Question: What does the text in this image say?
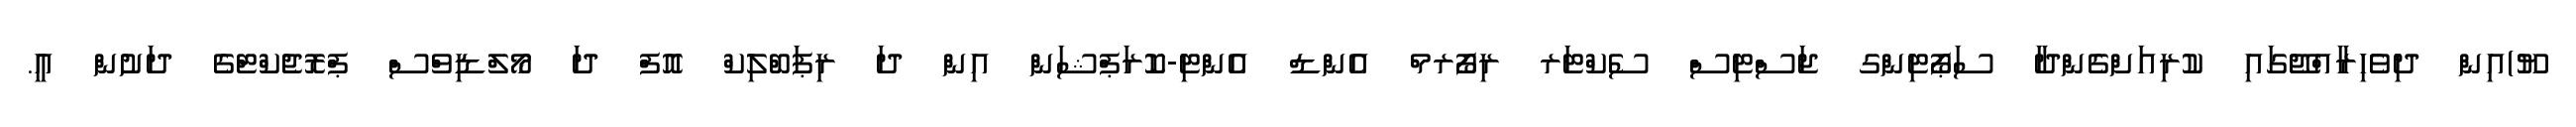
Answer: ޔޫ)އިން ދިވެހިރާއްޖޭގައި ކުރިއަށްގެންދާ ސަޕޯޓިންގ ޖަސްޓިސް ސެކްޓަރ ރިފޯރމް އެންޑް އެންޓި-ކޮރަޕްޝަން އިން ދަ ރިޕަބްލިކް އޮފް ދަ މޯލްޑިވްސް ޕްރޮޖެކްޓްގެ ދަށުން އީ.